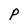
Character: P